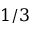
1 / 3